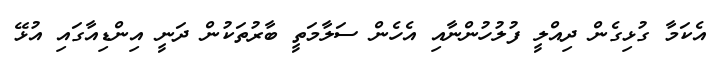
އެކަމާ ގުޅިގެން ދިއްލީ ފުލުހުންނާއި އެހެން ސަލާމަތީ ބާރުތަކުން ދަނީ އިންޑިއާގައި އުޅޭ